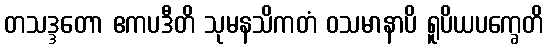
တသဒ္ဒတော ဧကပဒီတိ သုမနသိကတံ ဝသမာနာပိ ရူပိယပက္ခေတိ